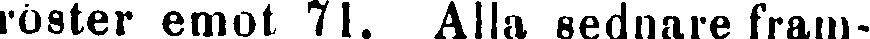
röster emot 71. Alla sednare fram-